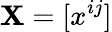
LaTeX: \mathbf{X}=[x^{ij}]